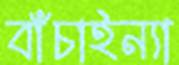
বাঁচাইন্যা